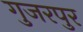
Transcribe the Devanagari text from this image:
गुजरपुर